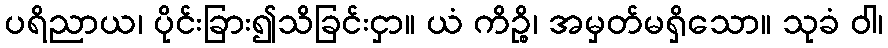
ပရိညာယ၊ ပိုင်းခြား၍သိခြင်းငှာ။ ယံ ကိဉ္စိ၊ အမှတ်မရှိသော။ သုခံ ဝါ၊